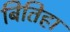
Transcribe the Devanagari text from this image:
बितिहा